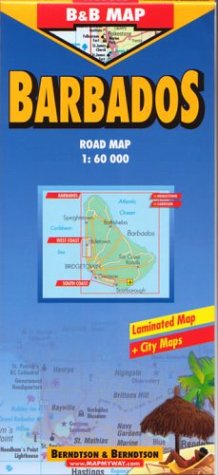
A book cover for B&B Barbados Laminated Map (Road Maps); Berndtson; Travel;